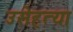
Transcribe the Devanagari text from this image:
उसेहत्या